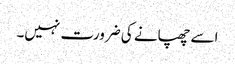
اسے چھپانے کی ضرورت نہیں۔